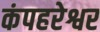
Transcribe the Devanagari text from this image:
कंपहरेश्वर